Vabadussoja_Ajaloo_Komitee, lk 2
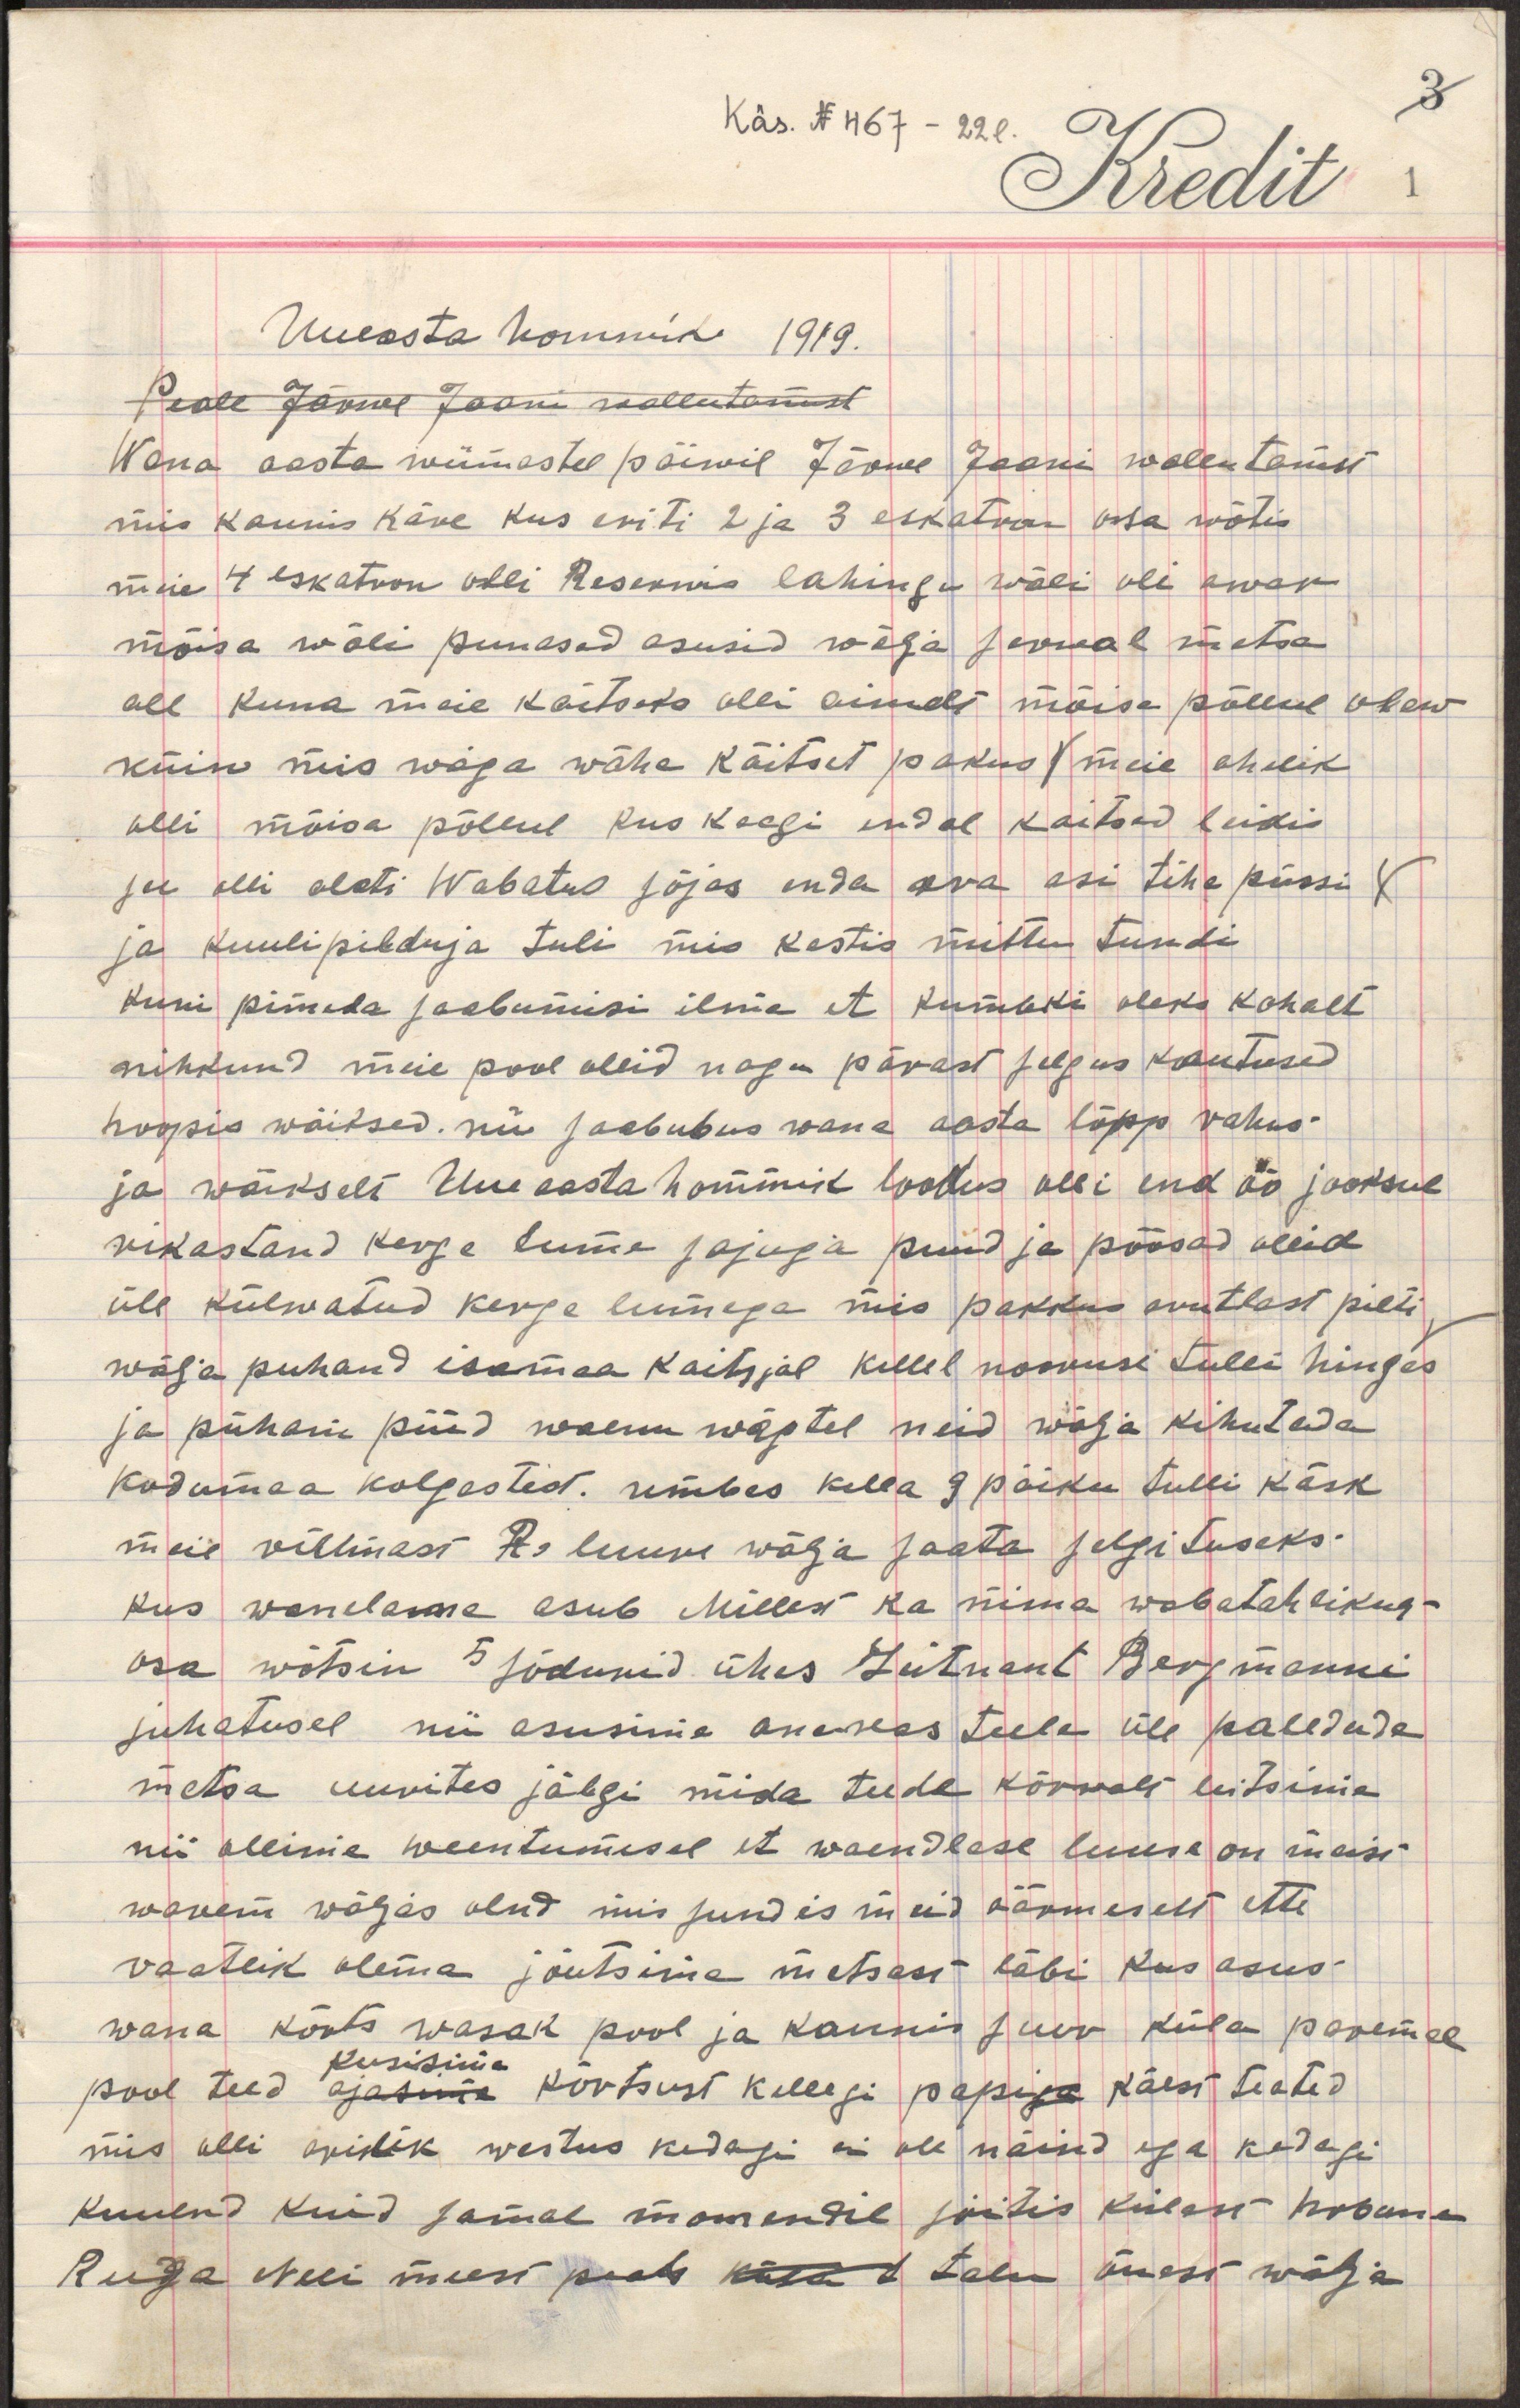
Uueasta hommik 1919.
Peale Järwe Jaani vallutamist
Wana aasta wiimastel päiwil Järwe Jaani wallutamist
mis kaunis käre kus eriti 2 ja 3 eskatron osa wõtis
meie 4 eskatron olli Reserwis lahingu wäli oli awar
mõisa wäli punased asusid wälja serwal metsa
all kuna meie kaitseks olli ainult mõisa põllul olew
küin mis wäga wähe kaitset pakus ( meie ahelik
olli mõisa põllul kus keegi endal kaitsed leidis
ja olli alati Wabatus sõjas enda oma asi tihe püssi
ja kuulipilduja tuli mis kestis mittu tundi
kuni pimeda saabumisi ilma et kumbki oleks kohalt
nihkund meie pool ollid nagu pärast selgus kautused
hoopis wäiksed. nii saabubus wana aasta lõpp rahus
ja waikselt Uue aasta hommik loodus olli end öö jooksul
rikastand kerge lume sajuga puud ja põõsad ollid
üle külwatud kerge lumega mis pakkus arutlast pilti
wälja puhand isamaa kaitsjal kellel nooruse tulli hinges
ja püham püüd waenu wägtel neid wälja kihutada
kodumaa kolgastest. umbes kella 9 paiku tulli käsk
meil villmast R. luure wälja saata selgituseks
kus wenelane asub Miller ka mina wabatahtlikuna
osa wõtsin 5 sõdurid ühes leitnant Bergmanni
juhatusel nii asusime metsas teele üle paledude
metsa uurites jälgi mida teede kõrwalt leitsime
nii ollime weentumisel et waendlase luure on meist
warem wäljas olnd mis sundis meid äärmeselt ette
vaatlik olema jõutsime metsast läbi kus asus
küsisime
wana kõrts wasak pool ja kaunis suur küla paremal 
pool teed ajasime kõrtsust kellegi papi käest teated
mis olli arilik westlus kedagi ei ole näinud ega kedagi
kuulnd kuid samal momendil jõudis külast hobune
Reega neli meest peale küla t talu õuest wälja